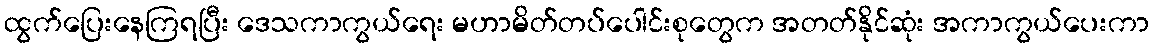
ထွက်ပြေးနေကြရပြီး ဒေသကာကွယ်ရေး မဟာမိတ်တပ်ပေါင်းစုတွေက အတတ်နိုင်ဆုံး အကာကွယ်ပေးကာ